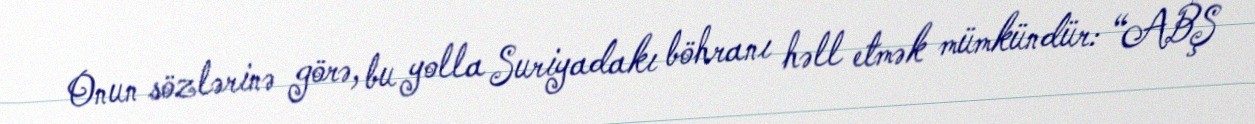
Onun sözlərinə görə, bu yolla Suriyadakı böhranı həll etmək mümkündür: “ABŞ